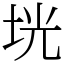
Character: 垙